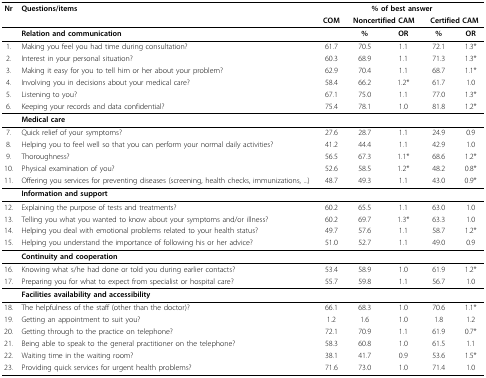
<table><thead><tr><td><b>Nr</b></td><td><b>Questions/items</b></td><td colspan="5"><b>% of best answer</b></td></tr><tr><td></td><td></td><td><b>COM</b></td><td colspan="2"><b>Noncertified CAM</b></td><td colspan="2"><b>Certified CAM</b></td></tr></thead><tbody><tr><td></td><td><b>Relation and communication</b></td><td></td><td><b>%</b></td><td><b>OR</b></td><td><b>%</b></td><td><b>OR</b></td></tr><tr><td>1.</td><td>Making you feel you had time during consultation?</td><td>61.7</td><td>70.5</td><td>1.1</td><td>72.1</td><td>1.3*</td></tr><tr><td>2.</td><td>Interest in your personal situation?</td><td>60.3</td><td>68.9</td><td>1.1</td><td>71.3</td><td>1.3*</td></tr><tr><td>3.</td><td>Making it easy for you to tell him or her about your problem?</td><td>62.9</td><td>70.4</td><td>1.1</td><td>68.7</td><td>1.1*</td></tr><tr><td>4.</td><td>Involving you in decisions about your medical care?</td><td>58.4</td><td>66.2</td><td>1.2*</td><td>61.7</td><td>1.0</td></tr><tr><td>5.</td><td>Listening to you?</td><td>67.1</td><td>75.0</td><td>1.1</td><td>77.0</td><td>1.3*</td></tr><tr><td>6.</td><td>Keeping your records and data confidential?</td><td>75.4</td><td>78.1</td><td>1.0</td><td>81.8</td><td>1.2*</td></tr><tr><td></td><td><b>Medical care</b></td><td></td><td></td><td></td><td></td><td></td></tr><tr><td>7.</td><td>Quick relief of your symptoms?</td><td>27.6</td><td>28.7</td><td>1.1</td><td>24.9</td><td>0.9</td></tr><tr><td>8.</td><td>Helping you to feel well so that you can perform your normal daily activities?</td><td>41.2</td><td>44.4</td><td>1.1</td><td>42.9</td><td>1.0</td></tr><tr><td>9.</td><td>Thoroughness?</td><td>56.5</td><td>67.3</td><td>1.1*</td><td>68.6</td><td>1.2*</td></tr><tr><td>10.</td><td>Physical examination of you?</td><td>52.6</td><td>58.5</td><td>1.2*</td><td>48.2</td><td>0.8*</td></tr><tr><td>11.</td><td>Offering you services for preventing diseases (screening, health checks, immunizations, ...)</td><td>48.7</td><td>49.3</td><td>1.1</td><td>43.0</td><td>0.9*</td></tr><tr><td></td><td><b>Information and support</b></td><td></td><td></td><td></td><td></td><td></td></tr><tr><td>12.</td><td>Explaining the purpose of tests and treatments?</td><td>60.2</td><td>65.5</td><td>1.1</td><td>63.0</td><td>1.0</td></tr><tr><td>13.</td><td>Telling you what you wanted to know about your symptoms and/or illness?</td><td>60.2</td><td>69.7</td><td>1.3*</td><td>63.3</td><td>1.0</td></tr><tr><td>14.</td><td>Helping you deal with emotional problems related to your health status?</td><td>49.7</td><td>57.6</td><td>1.1</td><td>58.7</td><td>1.2*</td></tr><tr><td>15.</td><td>Helping you understand the importance of following his or her advice?</td><td>51.0</td><td>52.7</td><td>1.1</td><td>49.0</td><td>0.9</td></tr><tr><td></td><td><b>Continuity and cooperation</b></td><td></td><td></td><td></td><td></td><td></td></tr><tr><td>16.</td><td>Knowing what s/he had done or told you during earlier contacts?</td><td>53.4</td><td>58.9</td><td>1.0</td><td>61.9</td><td>1.2*</td></tr><tr><td>17.</td><td>Preparing you for what to expect from specialist or hospital care?</td><td>55.7</td><td>59.8</td><td>1.1</td><td>56.7</td><td>1.0</td></tr><tr><td></td><td><b>Facilities availability and accessibility</b></td><td></td><td></td><td></td><td></td><td></td></tr><tr><td>18.</td><td>The helpfulness of the staff (other than the doctor)?</td><td>66.1</td><td>68.3</td><td>1.0</td><td>70.6</td><td>1.1*</td></tr><tr><td>19.</td><td>Getting an appointment to suit you?</td><td>1.2</td><td>1.6</td><td>1.0</td><td>1.8</td><td>1.2</td></tr><tr><td>20.</td><td>Getting through to the practice on telephone?</td><td>72.1</td><td>70.9</td><td>1.1</td><td>61.9</td><td>0.7*</td></tr><tr><td>21.</td><td>Being able to speak to the general practitioner on the telephone?</td><td>58.3</td><td>60.8</td><td>1.0</td><td>61.5</td><td>1.1</td></tr><tr><td>22.</td><td>Waiting time in the waiting room?</td><td>38.1</td><td>41.7</td><td>0.9</td><td>53.6</td><td>1.5*</td></tr><tr><td>23.</td><td>Providing quick services for urgent health problems?</td><td>71.6</td><td>73.0</td><td>1.0</td><td>71.4</td><td>1.0</td></tr></tbody></table>